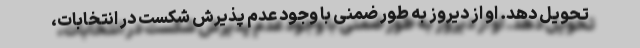
تحویل دهد. او از دیروز به طور ضمنی با وجود عدم پذیرش شکست در انتخابات،